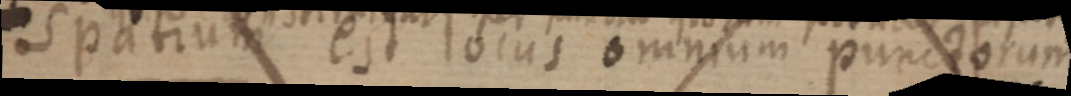
Spatium est locus omnium punctorum